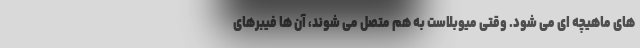
های ماهیچه ای می شود. وقتی میوبلاست به هم متصل می شوند، آن ها فیبرهای